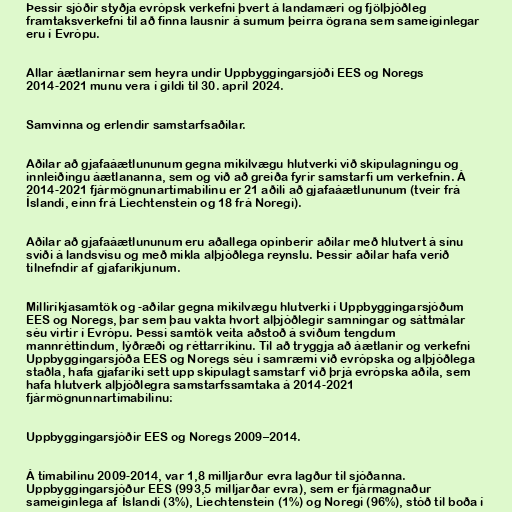
Þessir sjóðir styðja evrópsk verkefni þvert á landamæri og fjölþjóðleg
framtaksverkefni til að finna lausnir á sumum þeirra ögrana sem sameiginlegar
eru í Evrópu.

Allar áætlanirnar sem heyra undir Uppbyggingarsjóði EES og Noregs
2014-2021 munu vera í gildi til 30. apríl 2024.

Samvinna og erlendir samstarfsaðilar.

Aðilar að gjafaáætlununum gegna mikilvægu hlutverki við skipulagningu og
innleiðingu áætlananna, sem og við að greiða fyrir samstarfi um verkefnin. Á
2014-2021 fjármögnunartímabilinu er 21 aðili að gjafaáætlununum (tveir frá
Íslandi, einn frá Liechtenstein og 18 frá Noregi).

Aðilar að gjafaáætlununum eru aðallega opinberir aðilar með hlutvert á sínu
sviði á landsvísu og með mikla alþjóðlega reynslu. Þessir aðilar hafa verið
tilnefndir af gjafaríkjunum.

Milliríkjasamtök og -aðilar gegna mikilvægu hlutverki í Uppbyggingarsjóðum
EES og Noregs, þar sem þau vakta hvort alþjóðlegir samningar og sáttmálar
séu virtir í Evrópu. Þessi samtök veita aðstoð á sviðum tengdum
mannréttindum, lýðræði og réttarríkinu. Til að tryggja að áætlanir og verkefni
Uppbyggingarsjóða EES og Noregs séu í samræmi við evrópska og alþjóðlega
staðla, hafa gjafaríki sett upp skipulagt samstarf við þrjá evrópska aðila, sem
hafa hlutverk alþjóðlegra samstarfssamtaka á 2014-2021
fjármögnunnartímabilinu:

Uppbyggingarsjóðir EES og Noregs 2009–2014.

Á tímabilinu 2009-2014, var 1,8 milljarður evra lagður til sjóðanna.
Uppbyggingarsjóður EES (993,5 milljarðar evra), sem er fjármagnaður
sameiginlega af Íslandi (3%), Liechtenstein (1%) og Noregi (96%), stóð til boða í